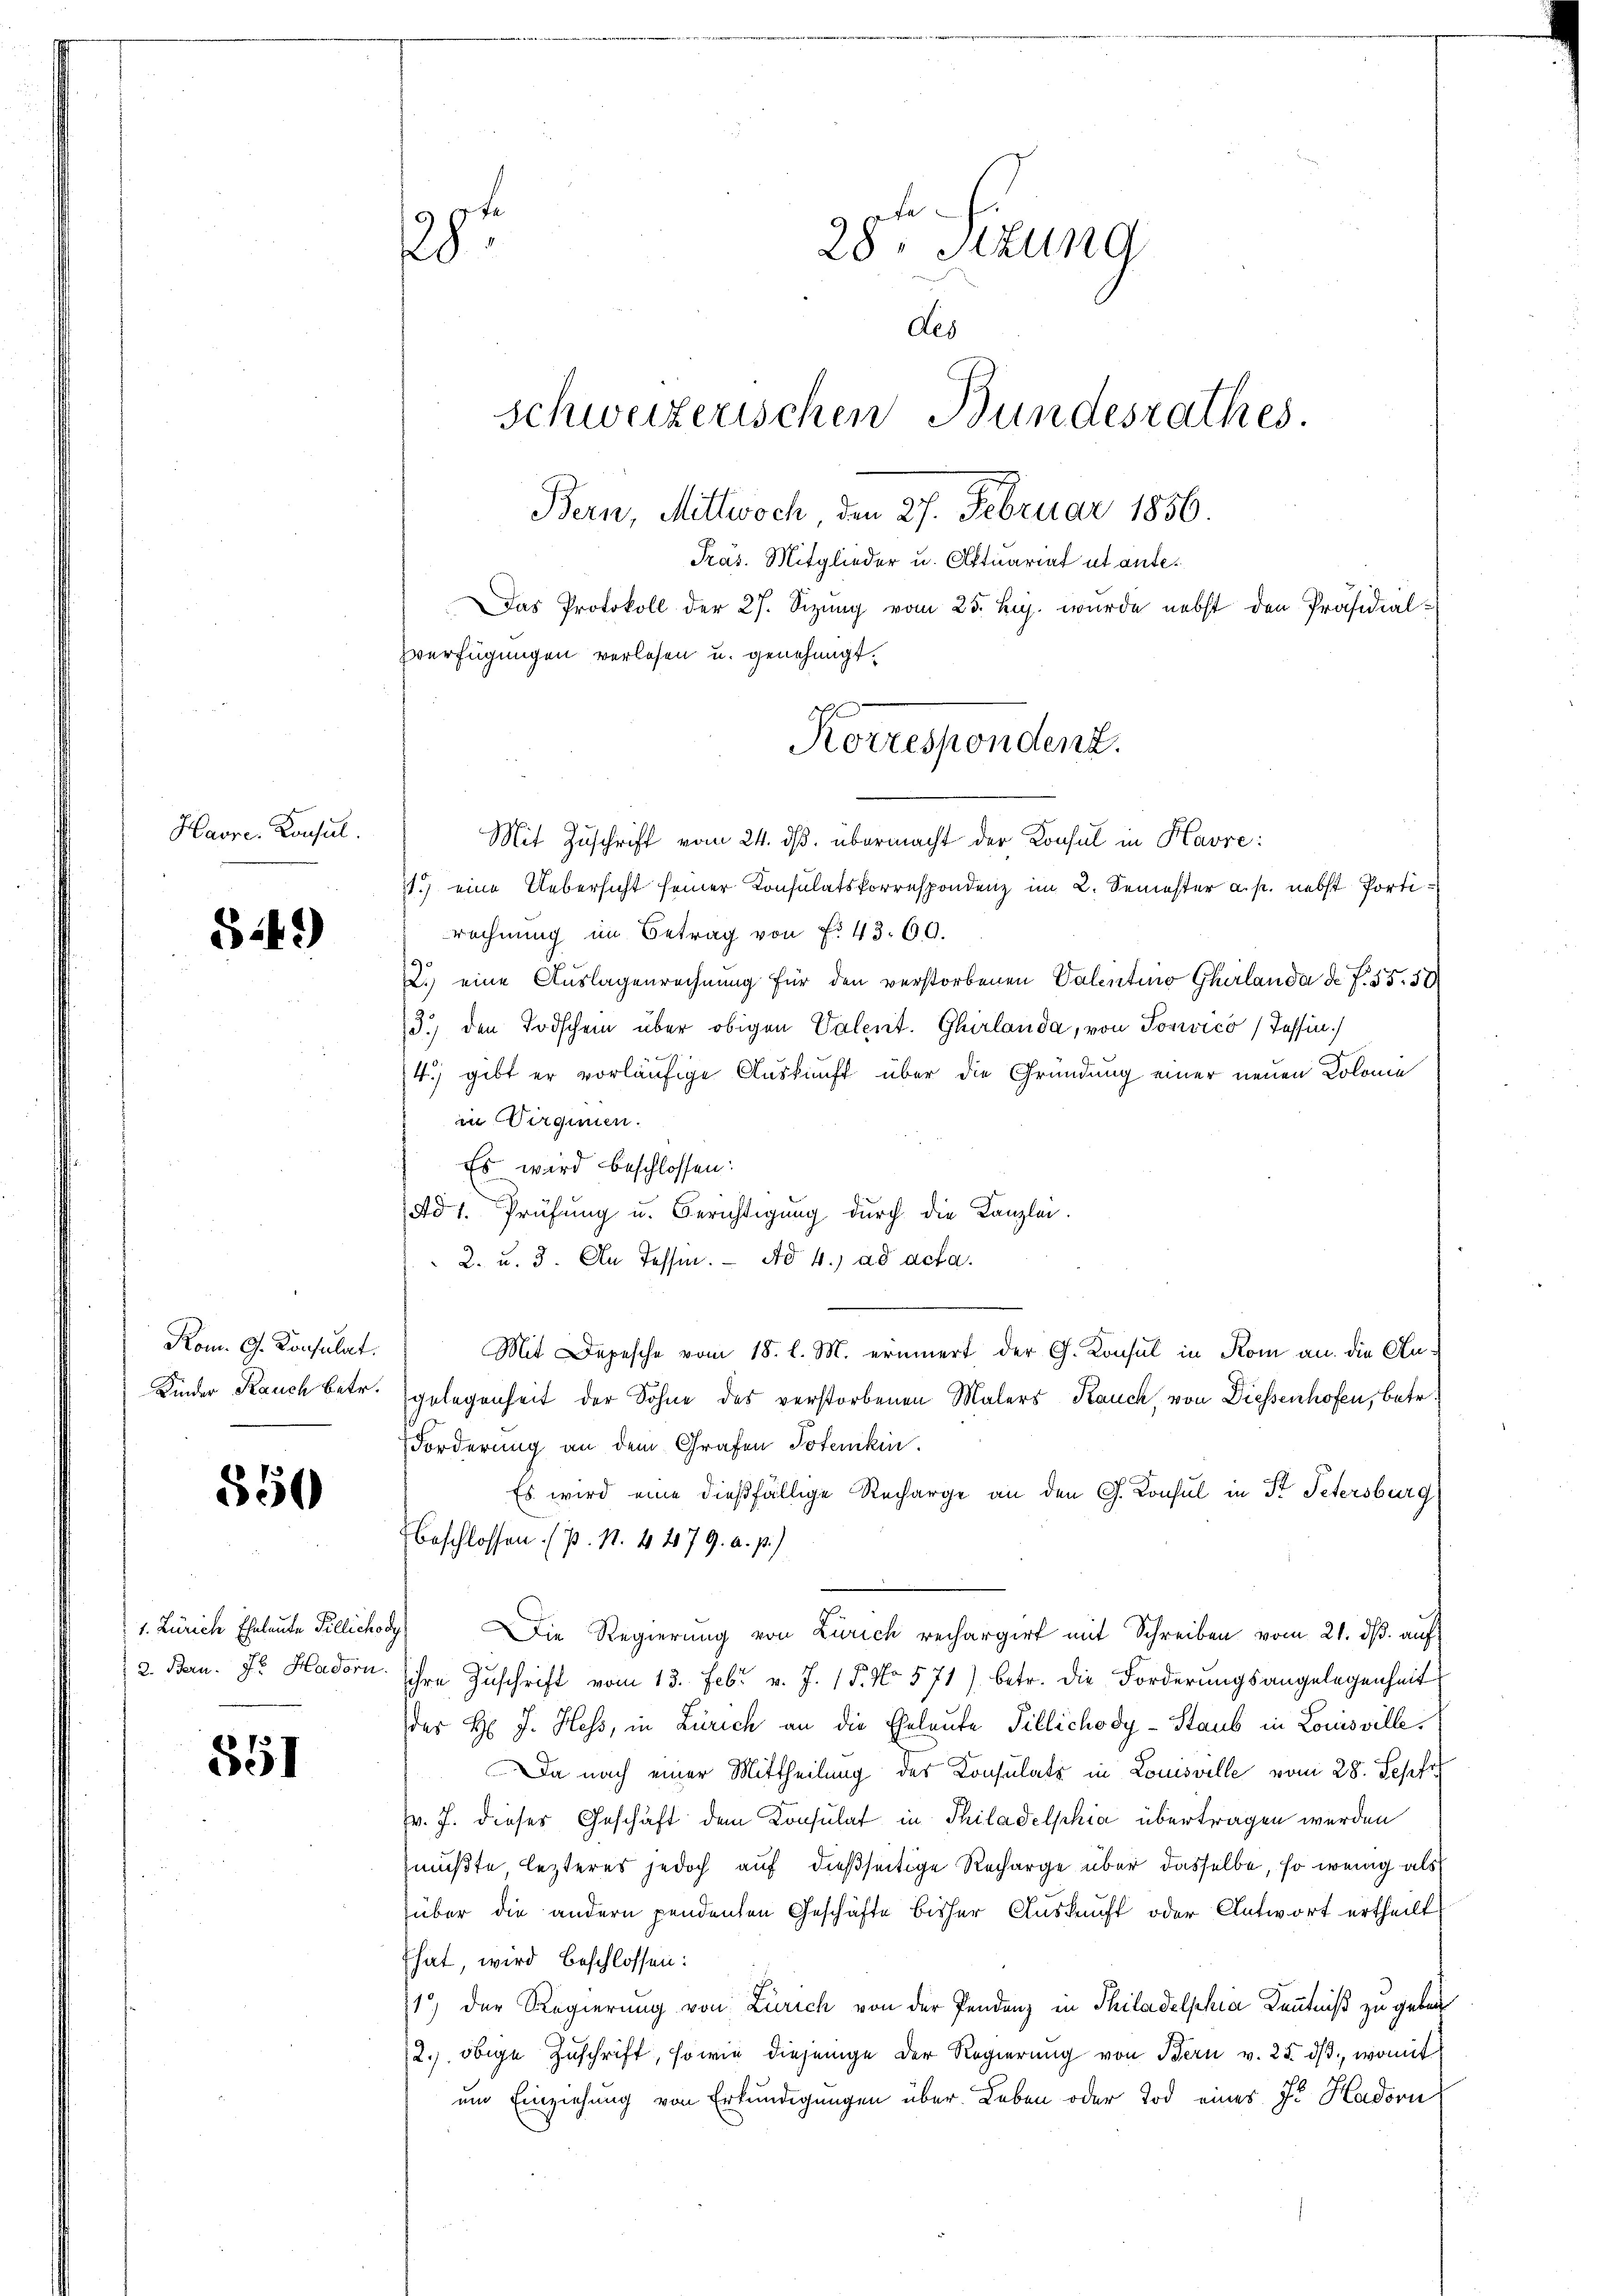
Havre Konsul

842)

Kom. G. Konsulat
Kinder Rauch betr.

550

1. Zürich Eheleute Tillichod
2. Bern. J. Hadorn.

551

9

28. Sitzung
des
schweizerischen Bundesrathes
Bern, Mittwoch, den 27. Februar 1856.
Präs. Mitglieder u. Aktuariat ut ante¬
DDas Protokoll der 27. Sizung vom 25. huj. wurde nebst den Präsidial-
Everfügungen verlesen u. genehmigt.

Mit Zuschrift vom 24. ds. übermacht der Konsul in Havre:
11.) eine Uebersicht seiner Konsulatskorrespondenz im 2. Semester a. p. nebst Portirechnung im Betrag von f. 43. 60.
2.) eine Auslagenrechnung für den verstorbenen Valentino Gherlanda de f. 55. 50
3.) den Todschein über obigen Valent. Ghirlanda, von Sonvico (Tessin.)
4.) gibt er vorläufige Auskunft über die Gründung einer neuen Kolonie
in Virginen.
Es wird beschlossen:
Ad 1. Prüfung u. Berichtigung durch die Kanzlei-
2. u. 3. An Tessin. Ad 4. ad acta.
Mit Depesche vom 18. l. M. erinnert der G. Konsul in Rom an die Angelegenheit der Sohne des verstorbenen Malers Rauch, von Diessenhofen, betr.
Forderung an dem Grafen Totenikin
Es wird eine dießfällige Recharge an den G. Konsul in St. Petersburg
Beschlossen. (p. N. 4 2179. a. p.)
Die Regierung von Zürich rechargirt mit Schreiben vom 21. ds. auf
ihre Zuschrift vom 13. Febr. v. J. 15. No. 571) betr. die Forderungsangelegenheit
der H. J. Hess, in Zürich an die Eheleute Tillichody-Staub in Louisville,
Da nach einer Mittheilung der Konsulats in Louisville vom 28. Sepfr
v. J. dieser Geschäft dem Konsulat in Philadelphia übertragen werden
müßte, lezteres jedoch auf dießseitige Recharge über dasselbe, so wenig als
über die andern pendenten Geschäfte bisher Auskunft oder Antwort ertheilt
hat, wird beschlossen:
1) der Regierung von Zürich von der Pendenz in Philadelphia Kenntniß zu geben
2.) obige Zuschrift, sowie diejenige der Regierung von Bern v. 25. ds., womit
um Einziehung von Erkundigungen über Leben oder Tod eines J. Hadorn

Korrespondenz.